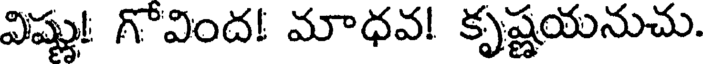
విష్ణు! గొవింద! మాధవ! కృష్ణయనుచు.